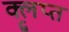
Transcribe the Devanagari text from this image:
क्लृप्त